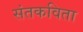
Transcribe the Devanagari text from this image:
संतकविता